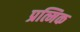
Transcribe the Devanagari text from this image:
प्रत्मिक